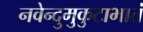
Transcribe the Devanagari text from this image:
नवेन्दुमुकुटाभातं